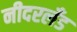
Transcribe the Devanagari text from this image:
नीदरलँड